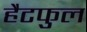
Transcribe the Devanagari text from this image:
हैटफुल